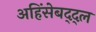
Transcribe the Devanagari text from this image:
अहिंसेबद्द्ल